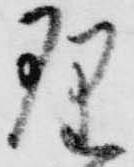
理